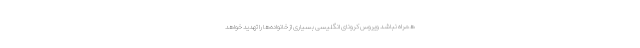
همراه نباشد ویروس کرونای انگلیسی بسیاری از خانواده‌ها را تهدید خواهد